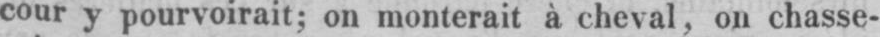
cour y pourvoirait; on monterait à cheval, on chasse-